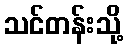
သင်တန်းသို့